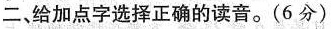
二，给加点字选择正确的读音。(6分)